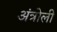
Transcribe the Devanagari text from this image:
अंत्रोली